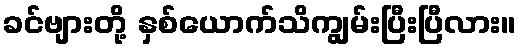
ခင်ဗျားတို့ နှစ်ယောက်သိကျွမ်းပြီးပြီလား။